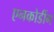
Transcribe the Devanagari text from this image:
एनकोडींग